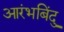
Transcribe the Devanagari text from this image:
आरंभबिंदु